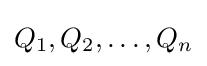
Q_{1},Q_{2},\ldots ,Q_{n}